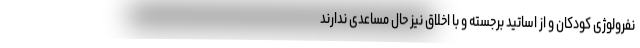
نفرولوژی کودکان و از اساتید برجسته و با اخلاق نیز حال مساعدی ندارند